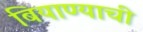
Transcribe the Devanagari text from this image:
बियाण्याची